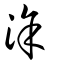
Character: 涂